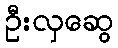
ဦးလှဆွေ